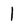
Character: 1